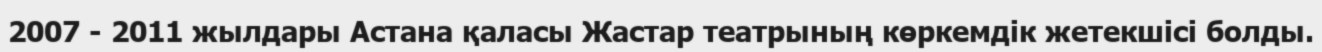
2007 - 2011 жылдары Астана қаласы Жастар театрының көркемдік жетекшісі болды.